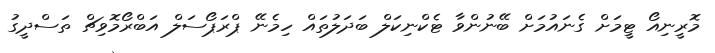
މޮރީނިއޯ ޓީމަށް ގެނައުމަށް ބޭނުންވާ ޓެކްނިކަލް ބަދަލުތައް ހިމެނޭ ޕްރަޕޯސަލް އަބްރޯމޮވިޗް ތަސްދީގު